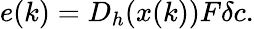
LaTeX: e(k)=D_{h}(x(k))F\delta c.